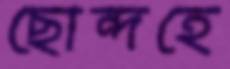
ছোন্দহে